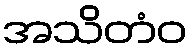
အသိတံဝ